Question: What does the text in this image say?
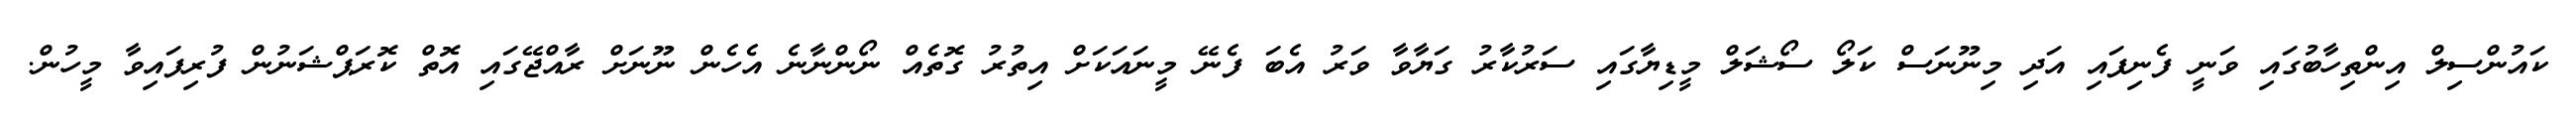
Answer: ކައުންސިލް އިންތިހާބުގައި ވަނީ ފެނިފައި އަދި މިނޫނަސް ކަލޯ ސޯޝަލް މީޑިޔާގައި ސަރުކާރު ގަޔާވާ ވަރު އެބަ ފެނޭ މީނައަކަށް އިތުރު ގޮތެއް ނޯންނާނެ އެހެން ނޫނަށް ރާއްޖޭގައި އޮތް ކޮރަޕްޝަނުން ފުރިފައިވާ މީހުން.